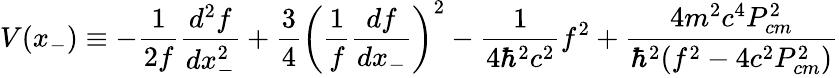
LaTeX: V(x_{-})\equiv-\frac{1}{2f}\frac{d^{2}f}{dx_{-}^{2}}+\frac{3}{4}\left(\frac{1}{f}\frac{df}{dx_{-}}\right)^{2}-\frac{1}{4{\hbar}^{2}c^{2}}f^{2}+\frac{4m^{2}c^{4}P_{cm}^{2}}{{\hbar}^{2}(f^{2}-4c^{2}P_{cm}^{2})}